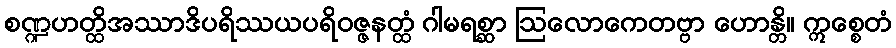
စဏ္ဍဟတ္ထိအဿာဒိပရိဿယပရိဝဇ္ဇနတ္ထံ ဂါမရစ္ဆာ ဩလောကေတဗ္ဗာ ဟောန္တိ။ ဣစ္စေတံ